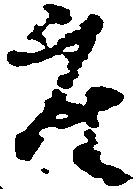
座